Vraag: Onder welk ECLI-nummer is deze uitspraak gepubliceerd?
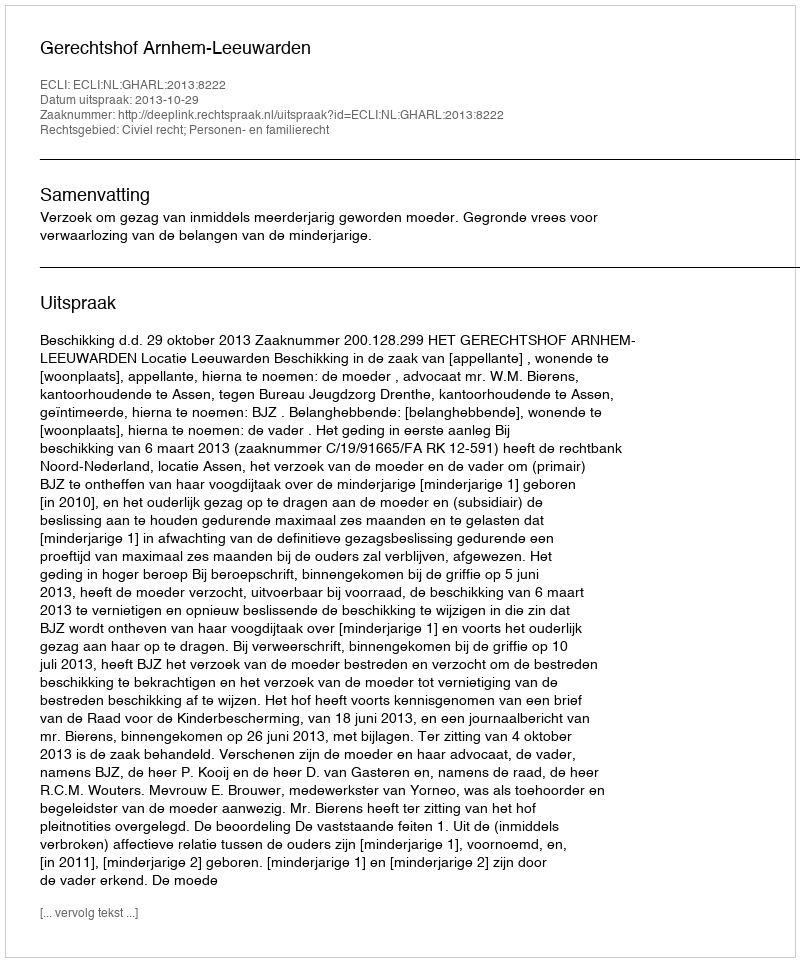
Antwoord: ECLI:NL:GHARL:2013:8222